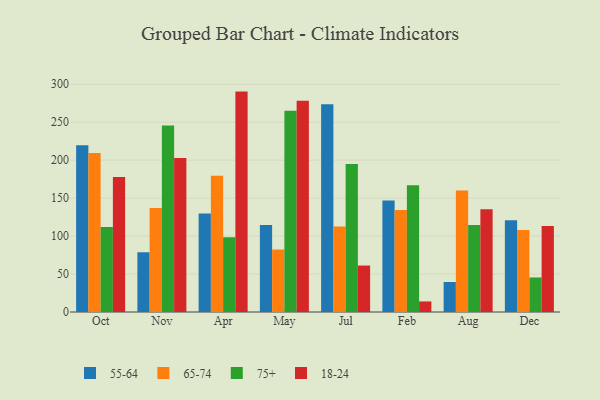
{"axis": {"x": "Month", "y": "LTV (USD)"}, "legend": ["18-24", "55-64", "65-74", "75+"], "data": [{"x": "Oct", "y": 219.5, "type": "55-64"}, {"x": "Oct", "y": 209.4, "type": "65-74"}, {"x": "Oct", "y": 111.9, "type": "75+"}, {"x": "Oct", "y": 177.8, "type": "18-24"}, {"x": "Nov", "y": 78.7, "type": "55-64"}, {"x": "Nov", "y": 136.9, "type": "65-74"}, {"x": "Nov", "y": 245.5, "type": "75+"}, {"x": "Nov", "y": 202.7, "type": "18-24"}, {"x": "Apr", "y": 129.9, "type": "55-64"}, {"x": "Apr", "y": 179.4, "type": "65-74"}, {"x": "Apr", "y": 98.6, "type": "75+"}, {"x": "Apr", "y": 290.3, "type": "18-24"}, {"x": "May", "y": 114.7, "type": "55-64"}, {"x": "May", "y": 82.3, "type": "65-74"}, {"x": "May", "y": 265.0, "type": "75+"}, {"x": "May", "y": 278.2, "type": "18-24"}, {"x": "Jul", "y": 273.7, "type": "55-64"}, {"x": "Jul", "y": 112.5, "type": "65-74"}, {"x": "Jul", "y": 195.0, "type": "75+"}, {"x": "Jul", "y": 61.2, "type": "18-24"}, {"x": "Feb", "y": 147.0, "type": "55-64"}, {"x": "Feb", "y": 134.3, "type": "65-74"}, {"x": "Feb", "y": 166.8, "type": "75+"}, {"x": "Feb", "y": 13.9, "type": "18-24"}, {"x": "Aug", "y": 39.5, "type": "55-64"}, {"x": "Aug", "y": 160.0, "type": "65-74"}, {"x": "Aug", "y": 114.7, "type": "75+"}, {"x": "Aug", "y": 135.5, "type": "18-24"}, {"x": "Dec", "y": 120.9, "type": "55-64"}, {"x": "Dec", "y": 108.0, "type": "65-74"}, {"x": "Dec", "y": 45.5, "type": "75+"}, {"x": "Dec", "y": 113.3, "type": "18-24"}]}